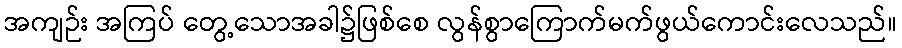
အကျဉ်း အကြပ် တွေ့သောအခါ၌ဖြစ်စေ လွန်စွာကြောက်မက်ဖွယ်ကောင်းလေသည်။